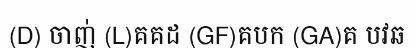
(D) ចាញ់ (L)គគដ (GF)គបក (GA)គ បវឆ